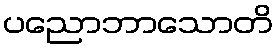
ပညောဘာသောတိ